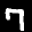
Label: 7